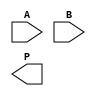
module DaddaMultiplier #(parameter n = 4) (
    input  wire [n-1:0] A,   // Multiplicand
    input  wire [n-1:0] B,   // Multiplier
    output wire [2*n-1:0] P  // Product
);

    // Generate partial products
    wire [n-1:0] pp[n-1:0]; // Partial products

    generate
        genvar i, j;
        for (i = 0; i < n; i = i + 1) begin : PP_GEN
            for (j = 0; j < n; j = j + 1) begin : PP_AND
                assign pp[i][j] = A[j] & B[i];
            end
        end
    endgenerate

    // Stage 1: Reduction of partial products
    wire [n-1:0] s1[n/2:0]; // Stage 1 sums
    wire [n-1:0] c1[n/2:0]; // Stage 1 carries
    wire [n-1:0] pp_stage1[n-1:0]; // Intermediate sums

    // Initialize the first stage with the partial products
    generate
        for (j = 0; j < n; j = j + 1) begin
            assign pp_stage1[0][j] = pp[0][j];
            assign pp_stage1[1][j] = pp[1][j];
            assign pp_stage1[2][j] = pp[2][j];
            assign pp_stage1[3][j] = pp[3][j];
        end
    endgenerate

    // Half adder and full adder logic
    // Here only handles 4 bits for the example, extend for larger sizes
    generate
        for (j = 0; j < n; j = j + 1) begin : HA_FA
            // First half adder
            assign s1[0][j] = pp_stage1[0][j] ^ pp_stage1[1][j];
            assign c1[0][j] = pp_stage1[0][j] & pp_stage1[1][j];

            // Full adder for the remaining stages
            if (n > 2) begin
                assign s1[1][j] = s1[0][j] ^ pp_stage1[2][j];
                assign c1[1][j] = (s1[0][j] & pp_stage1[2][j]) | c1[0][j];

                if (n > 3) begin
                    assign s1[2][j] = s1[1][j] ^ pp_stage1[3][j];
                    assign c1[2][j] = (s1[1][j] & pp_stage1[3][j]) | c1[1][j];
                end else begin
                    assign s1[2][j] = s1[1][j];
                    assign c1[2][j] = c1[1][j];
                end
            end else begin
                assign s1[1][j] = s1[0][j];
                assign c1[1][j] = c1[0][j];
            end
        end
    endgenerate

    // Final sums
    wire [2*n-1:0] sum; // Temporary sum for the final product
    assign sum = {c1[2], s1[2]} + {1'b0, pp_stage1[4]};

    // Output product assignment
    assign P = sum;

endmodule